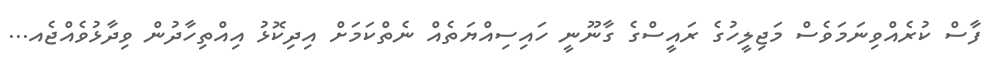
ފާސް ކުރެއްވިނަމަވެސް މަޖިލީހުގެ ރައީސްގެ ގާނޫނީ ހައިސިއްޔަތެއް ނެތްކަމަށް އިދިކޮޅު އިއްތިހާދުން ވިދާޅުވެއްޖެއ...